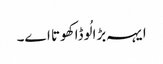
ایہہ بڑا لُوڈا کھوتا اے۔